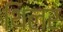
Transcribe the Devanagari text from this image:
थिलर